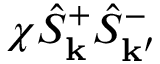
\chi \hat { S } _ { \mathbf { k } } ^ { + } \hat { S } _ { \mathbf { k ^ { \prime } } } ^ { - }